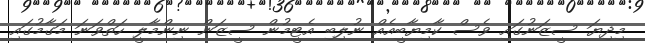
މިދިޔަ ސީޒަނުގައި ވެސް ކާމިޔާބީއެއް ނުލިބި އެޓީމުން ސީޒަން ނިންމާލީ ހަތްވަނަ މަގާމުގައި